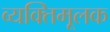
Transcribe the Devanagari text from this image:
व्यक्तिमूलक